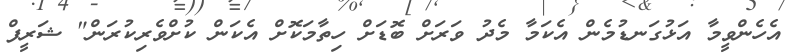
އެހެންވީމާ އަޅުގަނޑުމެން އެކަމާ މެދު ވަރަށް ބޮޑަށް ހިތާމަކޮށް އެކަން ކުށްވެރިކުރަން" ޝަރީފް